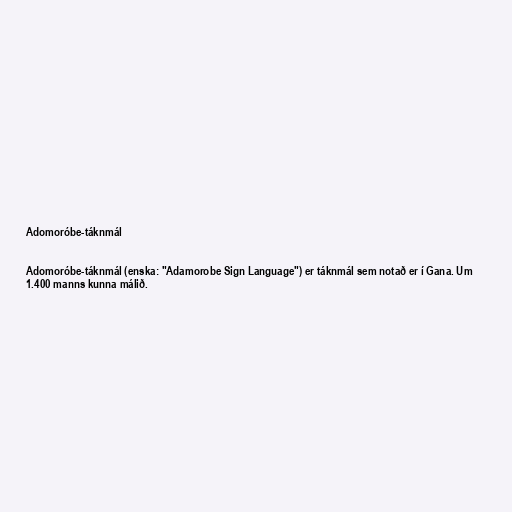
Adomoróbe-táknmál

Adomoróbe-táknmál (enska: "Adamorobe Sign Language") er táknmál sem notað er í Gana. Um
1.400 manns kunna málið.